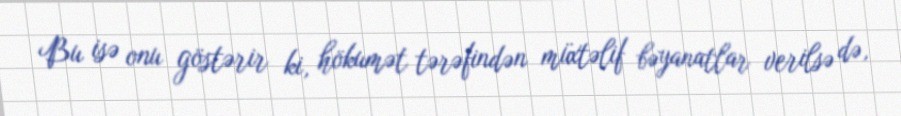
Bu isə onu göstərir ki, hökumət tərəfindən müxtəlif bəyanatlar verilsə də,